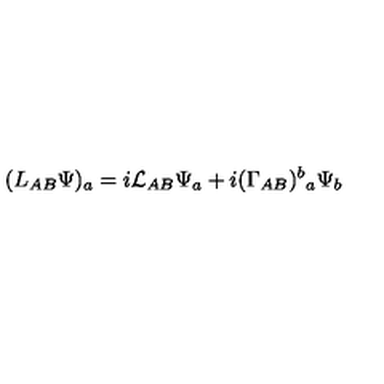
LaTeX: ( L _ { A B } \Psi ) _ { a } = i { \cal L } _ { A B } \Psi _ { a } + i ( \Gamma _ { A B } ) ^ { b } { } _ { a } \Psi _ { b }